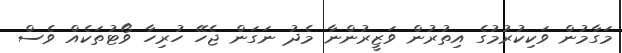
މަގާމުން ވަކިކުރުމުގެ އިތުރުން ވަޒީރުންނާ މެދު ނަގަން ޖެހޭ ހުރިހާ ވޯޓުތަކެއް ވެސް